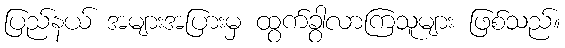
ပြည်နယ် အများအပြားမှ ထွက်ခွာလာကြသူများ ဖြစ်သည်။